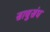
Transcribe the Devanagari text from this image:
साधुसंघ